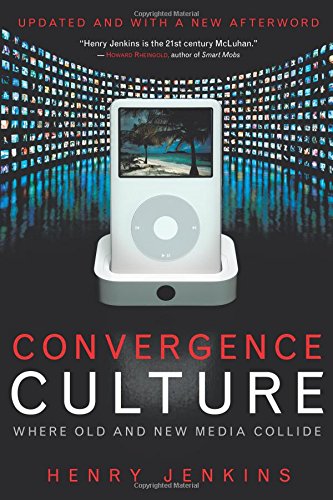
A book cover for Convergence Culture: Where Old and New Media Collide; Henry Jenkins; Health, Fitness & Dieting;